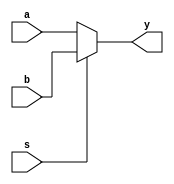
`timescale 1ns / 1ps

//3221
module Mux2x32 (a, b, s, y);
	input [31:0] a, b;
	input s;
	output [31:0] y;
	assign y = s ? b : a;
endmodule